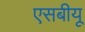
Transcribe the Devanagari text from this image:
एसबीयू